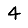
Digit: 4